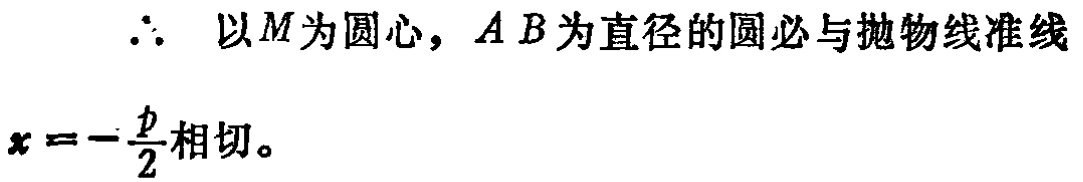
$\therefore$ 以$M$为圆心，$AB$为直径的圆必与抛物线准线$x = -\frac{p}{2}$相切。